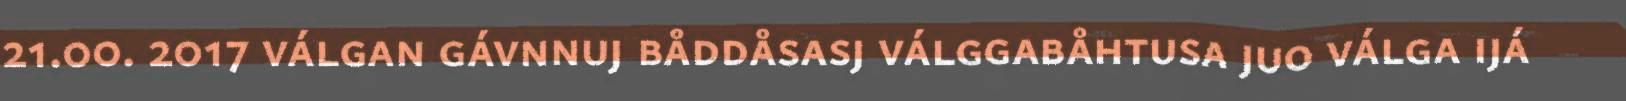
21.00. 2017 válgan gávnnuj båddåsasj válggabåhtusa juo válga ijá